Annual report of the Punjab Veterinary College and of the Civil Veterinary Department, Punjab - 1909-1919
Year: 1909
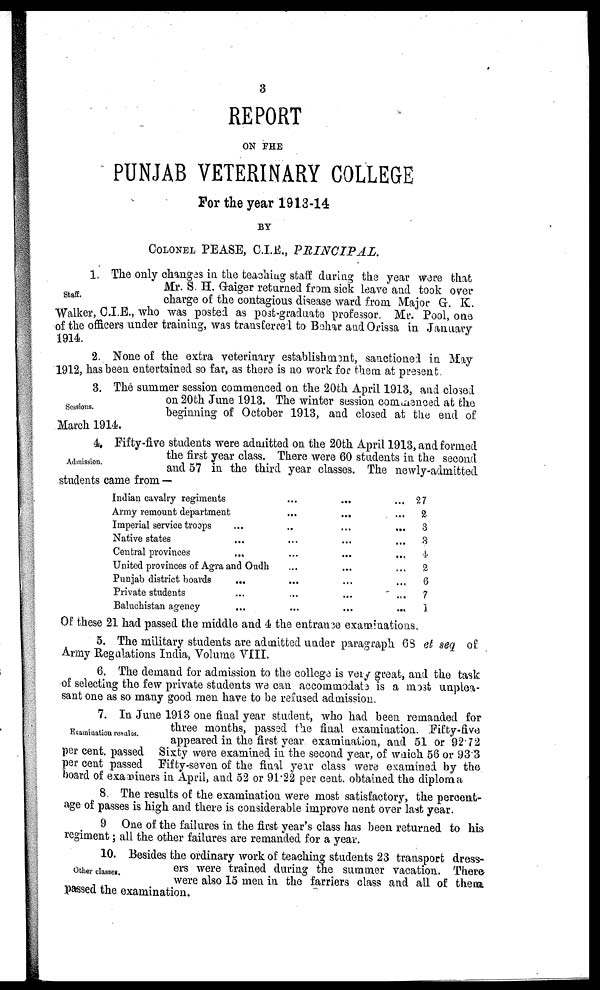
3
REPORT
ON THE
PUNJAB VETERINARY COLLEGE
For the year 1913-14
BY
COLONEL PEASE, C.I.E.,
PRINCIPAL.
Staff.
1 The only changes in the teaching staff during the year were that
Mr. S. H. Graiger returned from sick leave and took over
charge of the contagious disease ward from Major G. K.
Walker, C.I.E., who was posted as post-graduate professor. Mr. Pool, one
of the officers under training, was transfereel to Behar and Orissa in January
1914.
2. None of the extra veterinary establishment, sanctioned in May
1912, has been entertained so far, as there is no work for them at present.
Sessions.
3. The summer session commenced on the 20th April 1913, and closed
on 20th June 1913. The winter session commenced at the
beginning of October 1913, and closed at the end of
March 1914.
Admission.
4. Fifty-five students were admitted on the 20th April 1913, and formed
the first year class. There were 60 students in the second
and 57 in the third year classes. The newly-admitted
students came from —
Indian cavalry regiments
Army remount department
Imperial service troops
Native states
Central provinces
...
...
...
United provinces of Agra and Oudh
Punjab district boards
Private students
Baluchistan agency
...
...
...
...
...
...
...
...
...
...
...
...
...
...
...
...
...
...
. ...
...
... 27
... 2
...
3
... 3
... 2
...
6
...
1
Of these 21 had passed the middle and 4 the entrance examinations.
5. The military students are admitted under paragraph 68 et seq of
Army Regulations India, Volume VIII.
6. The demand for admission to the college is very great, and the task
of selecting the few private students we can accommodate is a most unplea-
sant one as so many good men have to be refused admission.
Examination results.
7. In June 1913 one final year student, who had been remanded for
three months, passed the final examination. Fifty-five
appeared in the first year examination, and 51 or 92.72
per cent. passed Sixty were examined in the second year, of which 56 or 93.3
per cent passed Fifty-seven of the final year class were examined by the
board of examiners in April, and 52 or 91.22 per cent. obtained the diploma
8. The results of the examination were most satisfactory, the percent-
age of passes is high and there is considerable improve nent over last year.
9 One of the failures in the first year's class has been returned to his
regiment; all the other failures are remanded for a year.
Other classes.
10. Besides the ordinary work of teaching students 23 transport dress-
ers were trained during the summer vacation. There
were also 15 men in the farriers class and all of them
passed the examination.